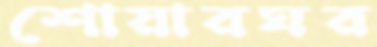
শোয়ারঘর